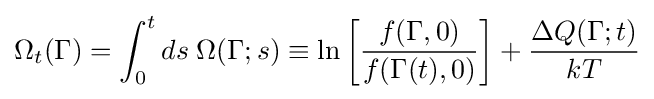
\Omega _{t}(\Gamma )=\int _{0}^{t}{ds\;\Omega (\Gamma ;s)}\equiv \ln \left[{\frac {f(\Gamma ,0)}{f(\Gamma (t),0)}}\right]+{\frac {\Delta Q(\Gamma ;t)}{kT}}